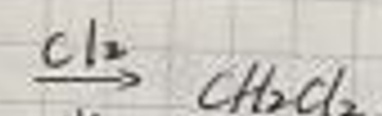
$\frac{c l _ { 2 }}{\rightarrow} CH _ { 2 } Cl _ {2}$